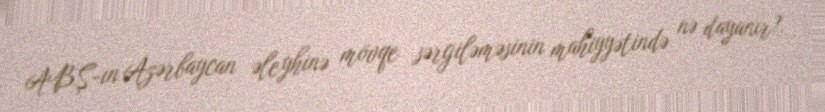
ABŞ-ın Azərbaycan əleyhinə mövqe sərgiləməsinin mahiyyətində nə dayanır?.